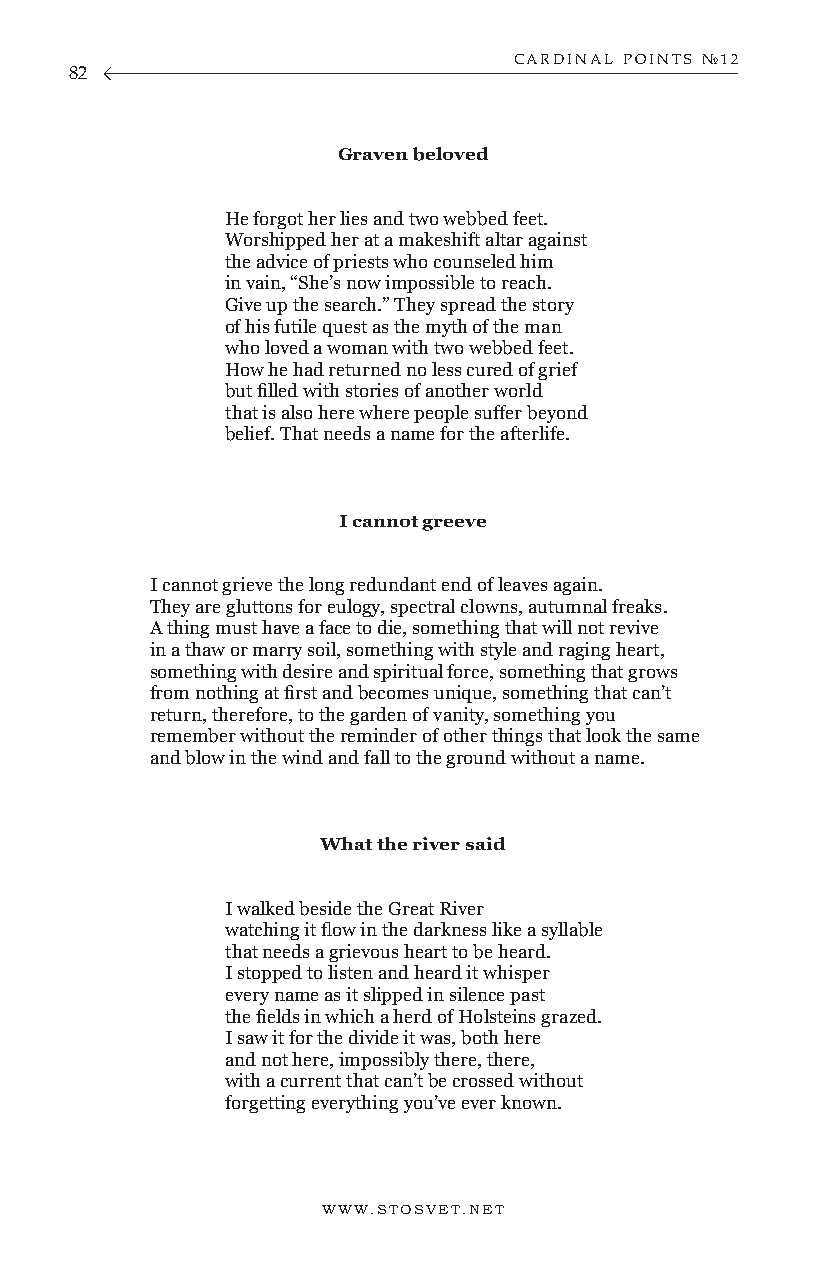
CARDINAL POINTS №12
 82
 Graven beloved
 He forgot her lies and two webbed feet.
 Worshipped her at a makeshift altar against
 the advice of priests who counseled him
 in vain, “She’s now impossible to reach.
 Give up the search.” They spread the story
 of his futile quest as the myth of the man
 who loved a woman with two webbed feet.
 How he had returned no less cured of grief
 but filled with stories of another world
 that is also here where people suffer beyond
 belief. That needs a name for the afterlife.
 I cannot greeve
 I cannot grieve the long redundant end of leaves again.
 They are gluttons for eulogy, spectral clowns, autumnal freaks.
 A thing must have a face to die, something that will not revive
 in a thaw or marry soil, something with style and raging heart,
 something with desire and spiritual force, something that grows
 from nothing at first and becomes unique, something that can’t
 return, therefore, to the garden of vanity, something you
 remember without the reminder of other things that look the same
 and blow in the wind and fall to the ground without a name.
 What the river said
 I walked beside the Great River
 watching it flow in the darkness like a syllable
 that needs a grievous heart to be heard.
 I stopped to listen and heard it whisper
 every name as it slipped in silence past
 the fields in which a herd of Holsteins grazed.
 I saw it for the divide it was, both here
 and not here, impossibly there, there,
 with a current that can’t be crossed without
 forgetting everything you’ve ever known.
 WWW.STOSVET.NET                                        WWW.STOSVET.NET